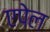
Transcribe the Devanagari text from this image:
एपेल